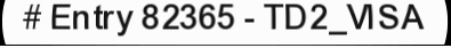
# Entry 82365 - TD2_VISA